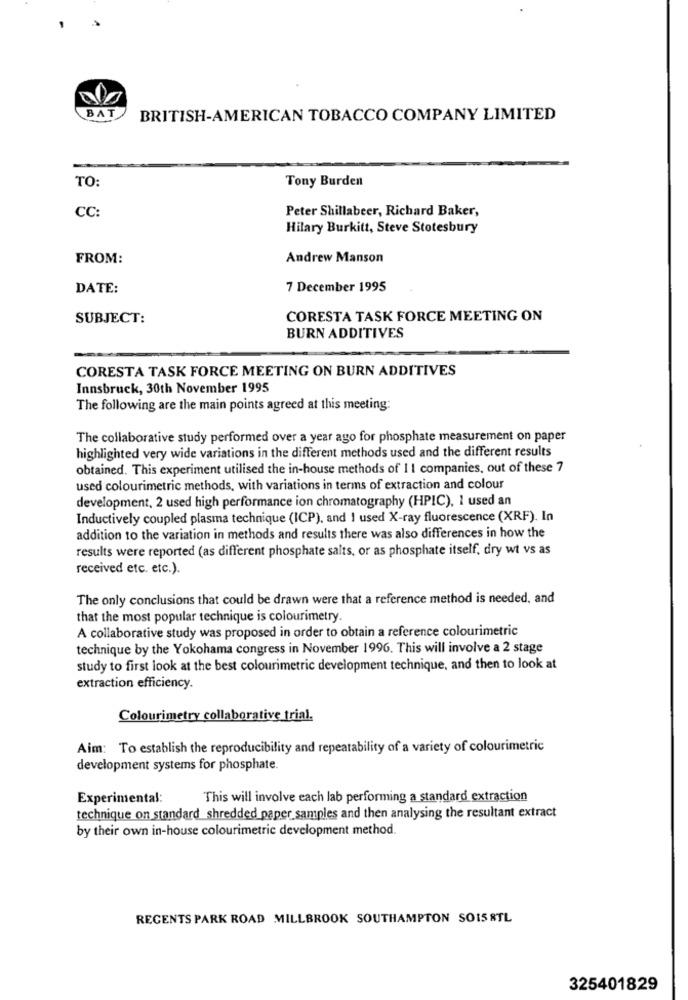
BAT
BRITISH-AMERICAN TOBACCO COMPANY LIMITED
Tony Burden
TO:
CC:
Peter Shillabeer, Richard Baker,
Hilary Burkitt, Steve Stotesbury
FROM:
Andrew Manson
DATE:
7 December 1995
SUBJECT:
CORESTA TASK FORCE MEETING ON
BURN ADDITIVES
CORESTA TASK FORCE MEETING ON BURN ADDITIVES
Innsbruck, 30th November 1995
The following are the main points agreed at this meeting:
The collaborative study performed over a year ago for phosphate measurement on paper
highlighted very wide variations in the different methods used and the different results
obtained. This experiment utilised the in-house methods of II companies, out of these 7
used colourimetric methods, with variations in terms of extraction and colour
development, 2 used high performance ion chromatography (HPIC), 1 used an
Inductively coupled plasma technique (ICP), and 1 used X-ray fluorescence (XRF). In
addition to the variation in methods and results there was also differences in how the
results were reported (as different phosphate salts, or as phosphate itself, dry wt vs as
received etc. etc.).
The only conclusions that could be drawn were that a reference method is needed, and
that the most popular technique is colourimetry.
A collaborative study was proposed in order to obtain a reference colourimetric
technique by the Yokohama congress in November 1996. This will involve a 2 stage
study to first look at the best colourimetric development technique, and then to look at
extraction efficiency.
Colourimetry collaborative trial.
Aim: To establish the reproducibility and repeatability of a variety of colourimetric
development systems for phosphate.
Experimental:
This will involve each lab performing a standard extraction
technique on standard shredded paper samples and then analysing the resultant extract
by their own in-house colourimetric development method.
REGENTS PARK ROAD MILLBROOK SOUTHAMPTON SOIS STL
325401829